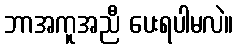
ဘာအကူအညီ ပေးရပါမလဲ။